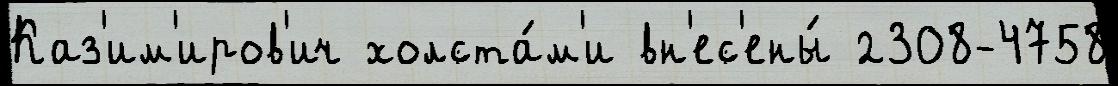
Каз'им'иров'ич холста́м'и вн'ес'ены́ 2308-4758